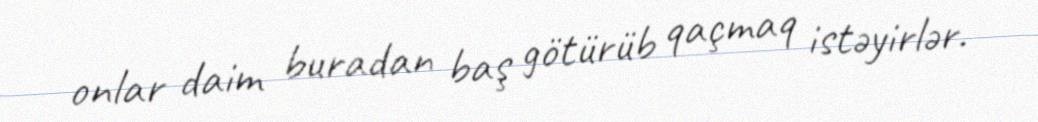
onlar daim buradan baş götürüb qaçmaq istəyirlər.